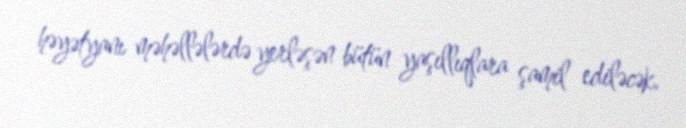
həyətyanı məhəllələrdə yerləşən bütün yaşıllıqlara şamil ediləcək.